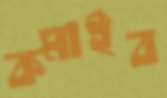
কমাইব